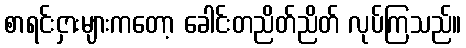
စာရင်းငှားများကတော့ ခေါင်းတညိတ်ညိတ် လုပ်ကြသည်။